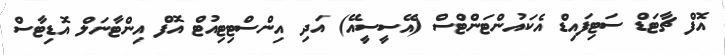
އޮފް ޗާޓަޑް ސަޓިފައިޑް އެކައުންޓަންޓްސް (އޭސީސީއޭ) އަދި އިންސްޓިޓިއުޓް އޮފް އިންޓާނަލް އޮޑިޓާސް